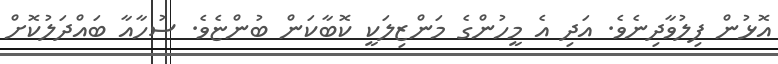
އޮޅުން ފިލުވާދިނެވެ. އަދި އެ މީހުންގެ މަންޒިލަކީ ކޮބާކަން ބުންޏެވެ. ސުހާއާ ބައްދަލުކޮށް